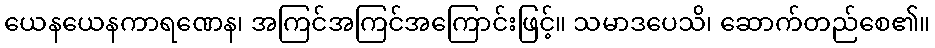
ယေနယေနကာရဏေန၊ အကြင်အကြင်အကြောင်းဖြင့်။ သမာဒပေသိ၊ ဆောက်တည်စေ၏။